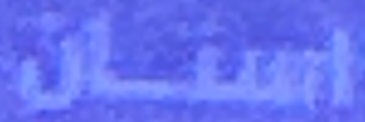
استان